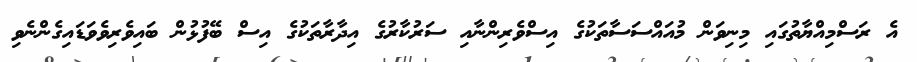
އެ ރަސްމިއްޔާތުގައި މިނިވަން މުއައްސަސާތަކުގެ އިސްވެރިންނާއި ސަރުކާރުގެ އިދާރާތަކުގެ އިސް ބޭފުޅުން ބައިވެރިވެވަޑައިގެންނެވި